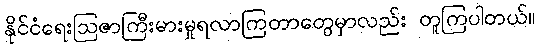
နိုင်ငံရေးဩဇာကြီးမားမှုရလာကြတာတွေမှာလည်း တူကြပါတယ်။